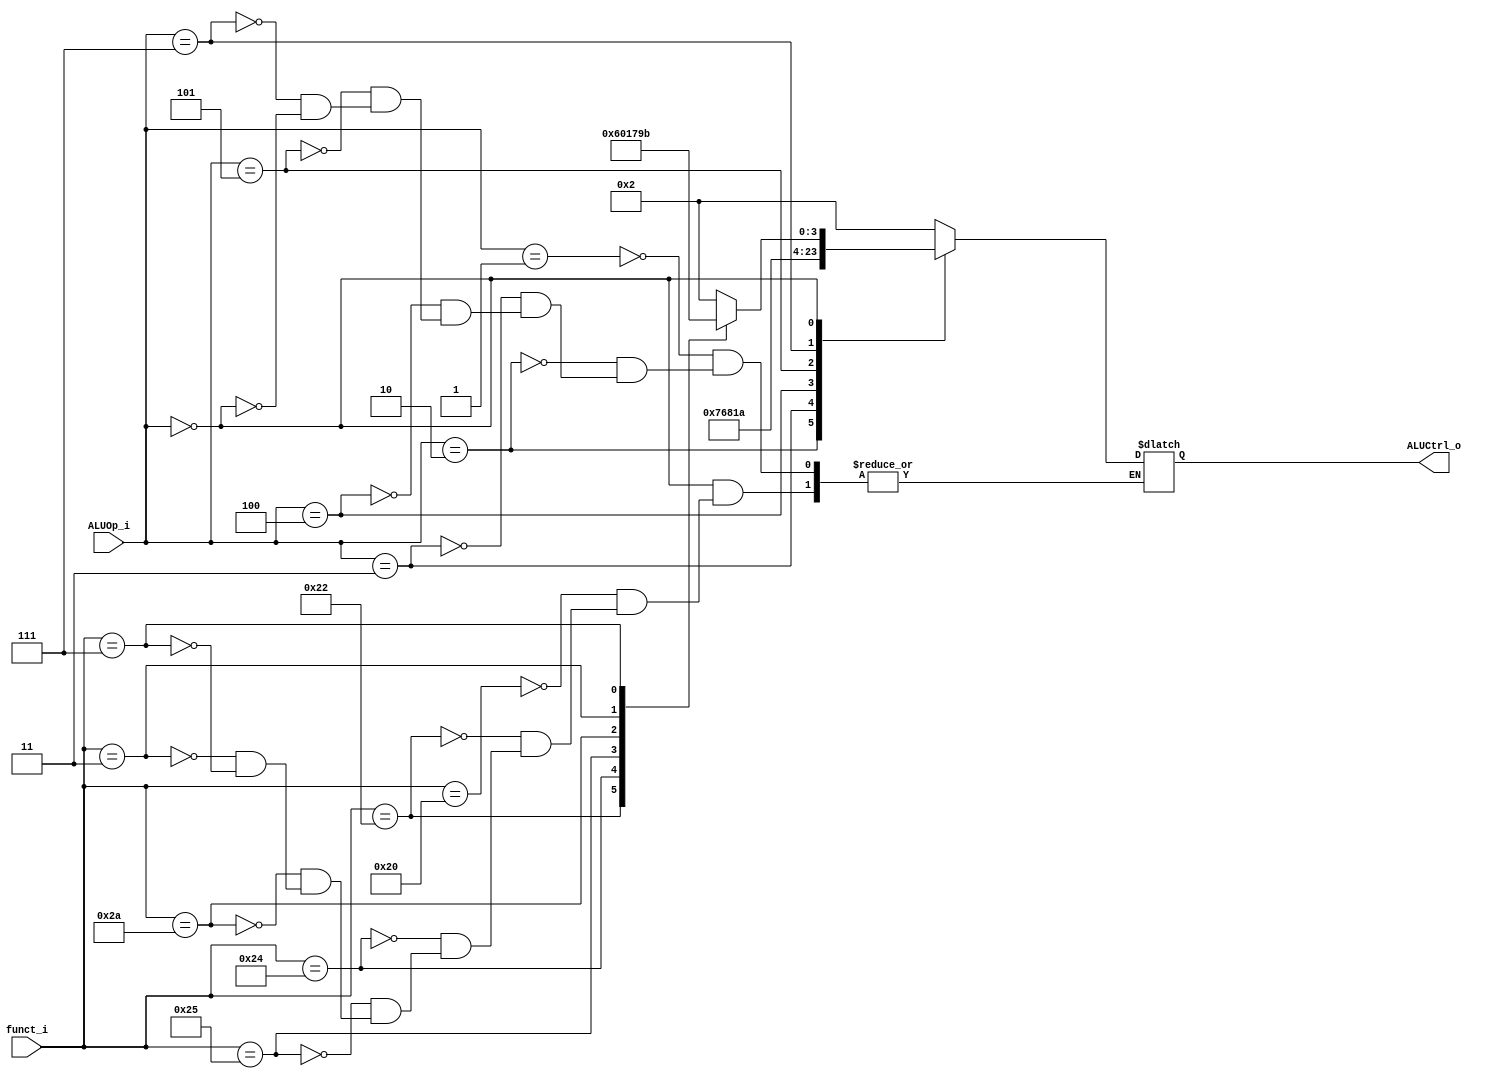
// 0416025 0416081
//Subject:     CO project 2 - ALU Controller
//--------------------------------------------------------------------------------
//Version:     1
//--------------------------------------------------------------------------------
//Writer:      
//----------------------------------------------
//Date:        
//----------------------------------------------
//Description: 
//--------------------------------------------------------------------------------

module ALU_Ctrl(
          funct_i,
          ALUOp_i,
          ALUCtrl_o
          );
          
//I/O ports 
input      [6-1:0] funct_i;
input      [3-1:0] ALUOp_i;

output     [4-1:0] ALUCtrl_o;    
     
//Internal Signals
reg        [4-1:0] ALUCtrl_o;

//Parameter

       
//Select exact operation
always @(funct_i,ALUOp_i)
begin
  case (ALUOp_i)
    3'b001: ALUCtrl_o <= 4'b0010; //addi
    3'b010: ALUCtrl_o <= 4'b0111; //sltiu
    3'b011: ALUCtrl_o <= 4'b0110; //beq
    3'b100: ALUCtrl_o <= 4'b1000; //lui
    3'b101: ALUCtrl_o <= 4'b0001; //ori
    3'b111: ALUCtrl_o <= 4'b1010; //bne
    3'b000:
    begin
      case (funct_i)
        6'd32: ALUCtrl_o <= 4'b0010; //add
        6'd34: ALUCtrl_o <= 4'b0110; //sub
        6'd36: ALUCtrl_o <= 4'b0000; //and
        6'd37: ALUCtrl_o <= 4'b0001; //or
        6'd42: ALUCtrl_o <= 4'b0111; //slt
        6'd3: ALUCtrl_o <= 4'b1001; //sra
        6'd7: ALUCtrl_o <= 4'b1011; //srav

      endcase
    end
  endcase
end

endmodule